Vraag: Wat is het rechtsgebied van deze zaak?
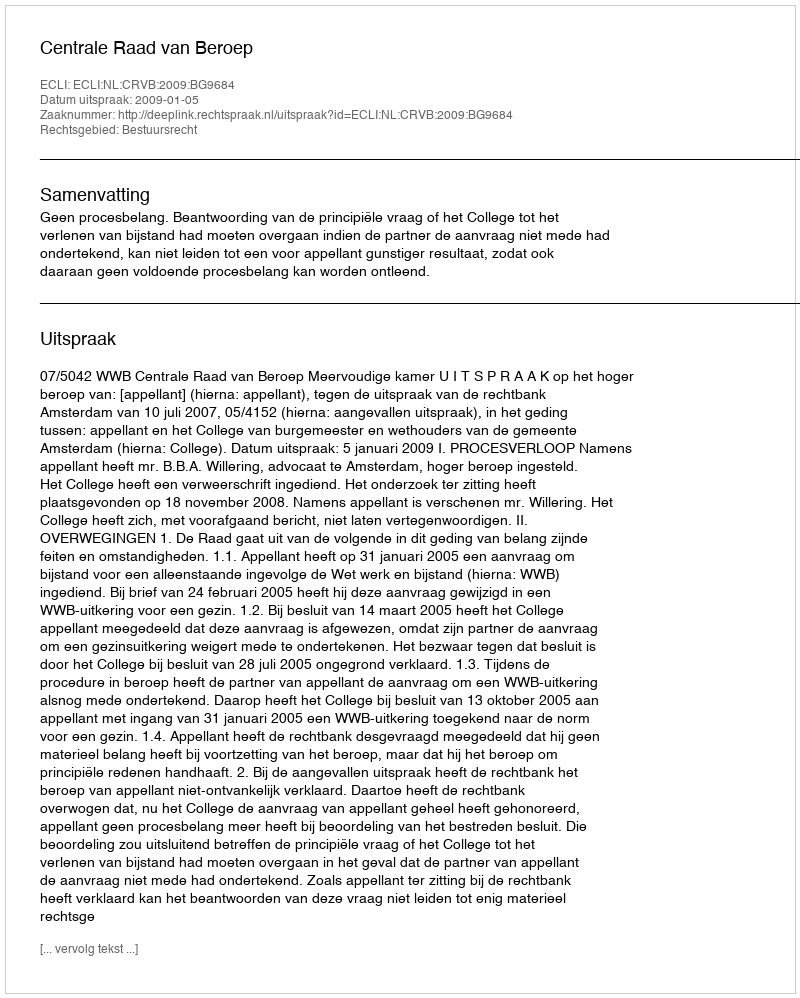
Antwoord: Bestuursrecht